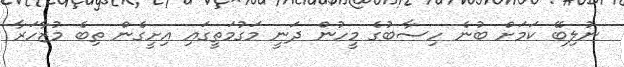
ނުލިބޭ ކަމަށް ބުނެ ހިސާބުގެ މީހުން ދަނީ މަގުމަތީގައި އިށީގެން ތިބެ މުޒާހަރާ